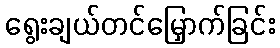
ရွေးချယ်တင်မြှောက်ခြင်း